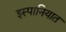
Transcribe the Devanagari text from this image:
इस्पानियात